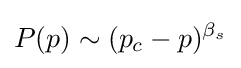
P(p)\sim (p_{c}-p)^{\beta _{s}}